Senior Leaving Certificate Examination (including Day School Certificate (Higher) General paper), 1949
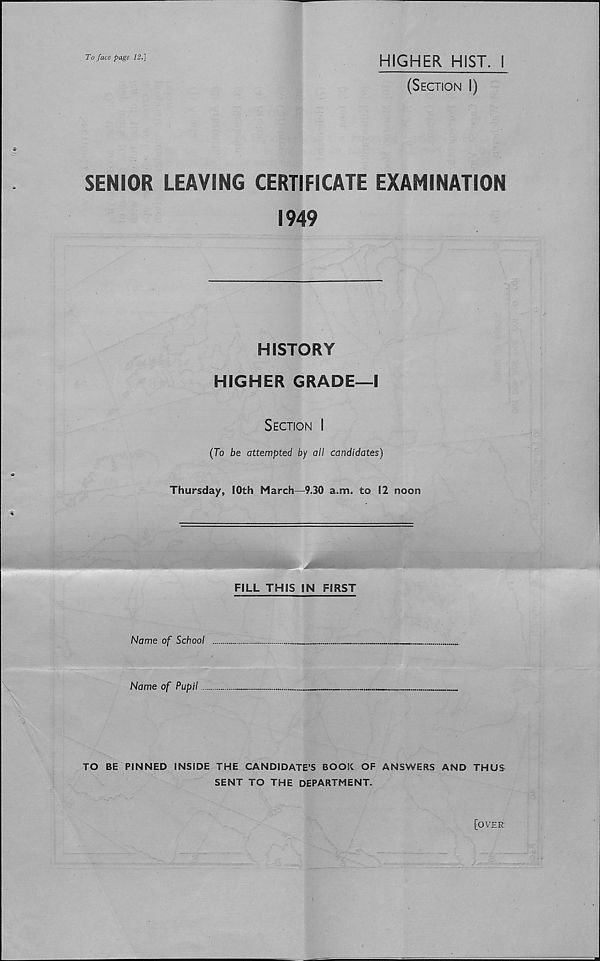
To face page 12.]
HIGHER HIST. I
(Section I)
SENIOR LEAVING CERTIFICATE EXAMINATION
1949
HISTORY
HIGHER GRADE—I
Section I
(To be attempted by all candidates)
Thursday, IOth March—9.30 a.m. to 12 noon
iijii'ii
i''^ liil'MHjHMWI jmKHKBm
FILL THiS IN FIRST
Name of School
Name of Pupil
TO BE PINNED INSIDE THE CANDIDATE’S BOOK OF ANSWERS AND THUS
SENT TO THE DEPARTMENT.
[over